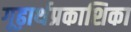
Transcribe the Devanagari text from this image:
गूढ़ार्थप्रकाशिका